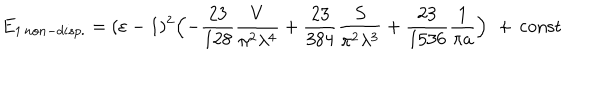
E _ { 1 \, n o n - d i s p . } = ( \varepsilon - 1 ) ^ { 2 } \Bigl ( - \frac { 2 3 } { 1 2 8 } \frac { V } { \pi ^ { 2 } \lambda ^ { 4 } } + \frac { 2 3 } { 3 8 4 } \frac { S } { \pi ^ { 2 } \lambda ^ { 3 } } + \frac { 2 3 } { 1 5 3 6 } \frac { 1 } { \pi a } \Bigr ) \, \, + \, \mathrm { c o n s t }